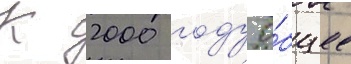
К 2000 году о́бщее